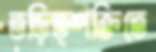
তড়িত্শক্তিতে